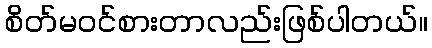
စိတ်မ၀င်စားတာလည်းဖြစ်ပါတယ်။